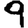
Digit: 9